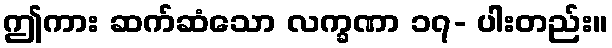
ဤကား ဆက်ဆံသော လက္ခဏာ ၁၇- ပါးတည်း။